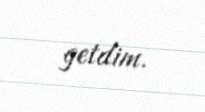
getdim.